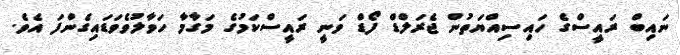
ނައިބް ރައީސްގެ ހައިސިއްޔަތުން ޖެރަލްޑް ފޯޑް ވަނީ ރައީސްކަމުގެ މަގާމާ ހަވާލުވެވަޑައިގެންފަ އެވެ.